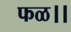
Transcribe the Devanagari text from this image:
फळ।।